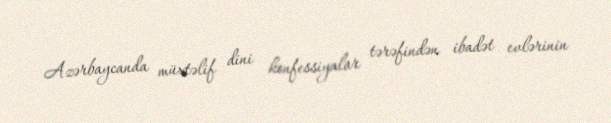
Azərbaycanda müxtəlif dini konfessiyalar tərəfindən ibadət evlərinin